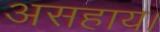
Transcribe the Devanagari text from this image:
असहाय।